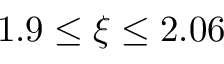
1 . 9 \le \xi \le 2 . 0 6